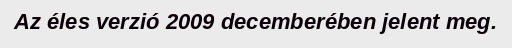
Az éles verzió 2009 decemberében jelent meg.